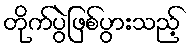
တိုက်ပွဲဖြစ်ပွားသည့်